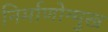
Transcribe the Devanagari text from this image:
निर्माणोन्मुख